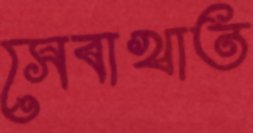
সেবাখাত